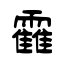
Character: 靃